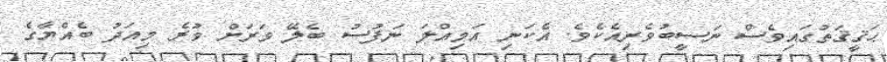
ޙަޤީޤަތުގައިވެސް ނަސީބުވެރިއެކެވެ. އެކަނި އަމިއްލަ ނަފުސު ބެލޭ ވަރަށް ވުރެ މިއަދު ބެއްޔާގެ